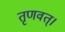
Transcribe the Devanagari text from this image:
तृणवत्।